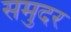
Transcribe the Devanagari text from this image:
समुदर